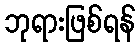
ဘုရားဖြစ်ရန်